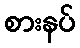
စားနပ်